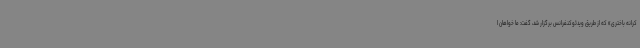
کرانه باختری» که از طریق ویدئوکنفرانس برگزار شد، گفت: ما خواهان ا